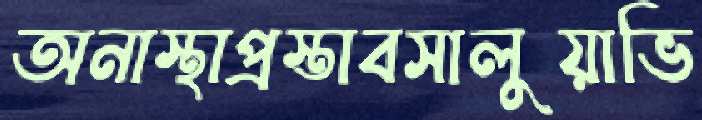
অনাস্থাপ্রস্তাবসালুয়াভি